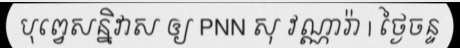
បុព្វេសន្និវាស ឲ្យ PNN សុ វណ្ណារ៉ា | ថ្ងៃចន្ទ